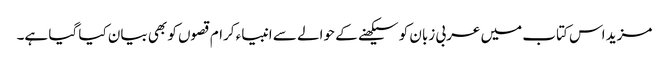
مزید اس کتاب میں عربی زبان کو سیکھنے کے حوالے سے انبیاء کرام قصوں کو بھی بیان کیا گیا ہے۔